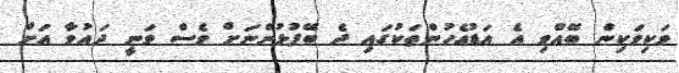
ވަކިވަކިން ބޭއްވި އެ އަޑުއެހުންތަކުގައި ދެ ބޭފުޅުންނަށް ވެސް ވަނީ ދައުވާ އަށް